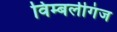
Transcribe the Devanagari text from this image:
विम्बर्लीगंज